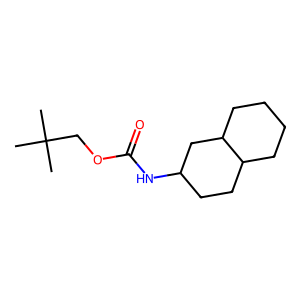
SMILES: CC(C)(C)COC(=O)NC1CCC2CCCCC2C1
Inhibits HIV replication: No